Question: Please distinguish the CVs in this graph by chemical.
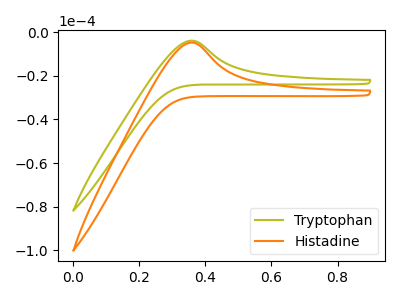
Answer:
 <answer>The olive curve is labeled "Tryptophan". The orange curve is labeled "Histadine".</answer>
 <eval></eval>